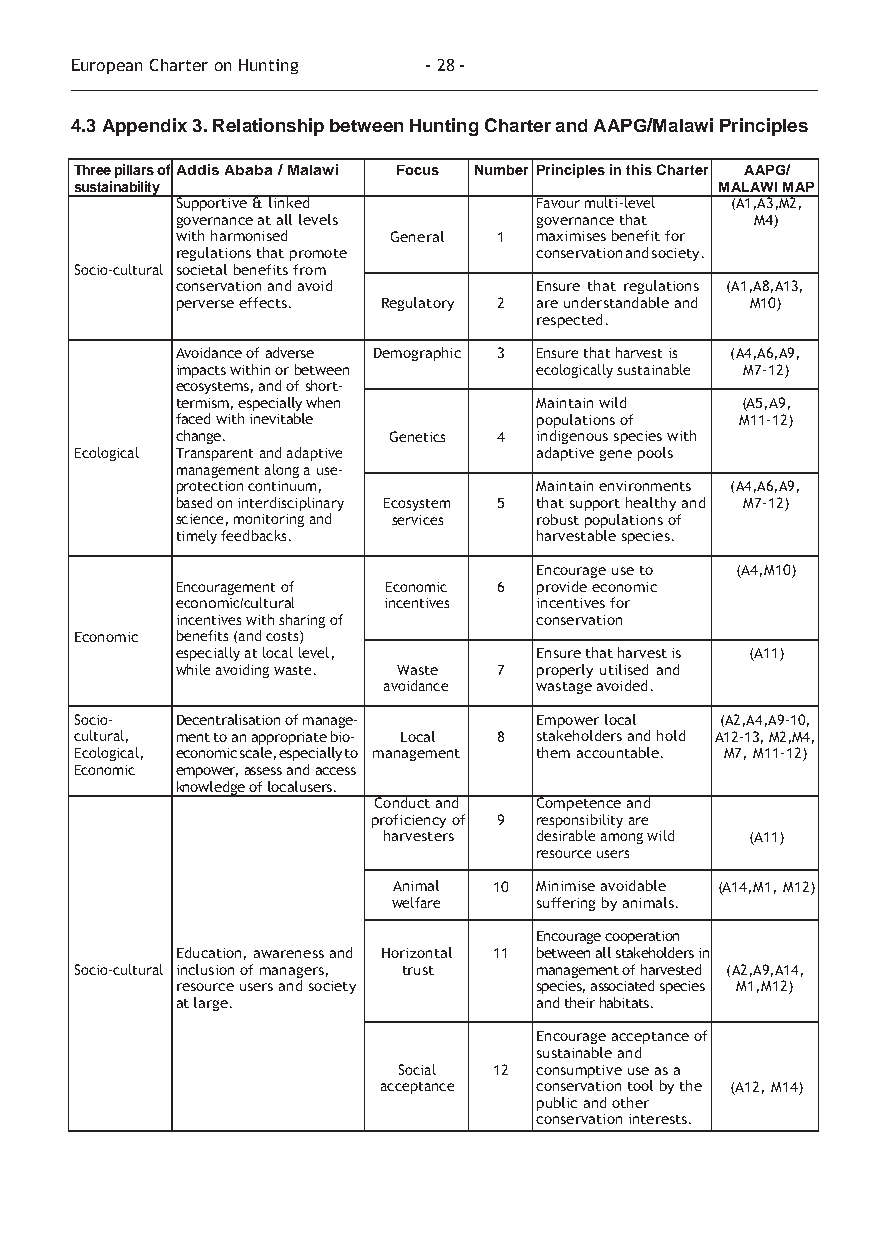
European Charter on Hunting - 28 -
 4.3 Appendix 3. Relationship between Hunting Charter and AAPG/Malawi Principles
 Three pillars of Addis Ababa / Malawi Focus Number Principles in this Charter AAPG/
 sustainability                             MALAWI MAP
 Supportive & linked    Favour multi-level (A1,A3,M2,
 governance at all levels governance that M4)
 with harmonised General 1 maximises benefit for
 regulations that promote conservation and society.
 Socio-cultural societal benefits from
 conservation and avoid Ensure that regulations (A1,A8,A13,
 perverse effects. Regulatory 2 are understandable and M10)
 respected.
 Avoidance of adverse Demographic 3 Ensure that harvest is (A4,A6,A9,
 impacts within or between ecologically sustainable M7-12)
 ecosystems, and of short-
 termism, especially when Maintain wild (A5,A9,
 faced with inevitable  populations of M11-12)
 change.       Genetics 4 indigenous species with
 Ecological Transparent and adaptive adaptive gene pools
 management along a use-
 protection continuum,  Maintain environments (A4,A6,A9,
 based on interdisciplinary Ecosystem 5 that support healthy and M7-12)
 science, monitoring and services robust populations of
 timely feedbacks.      harvestable species.
 Encourage use to (A4,M10)
 Encouragement of Economic 6 provide economic
 economic/cultural incentives incentives for
 incentives with sharing of conservation
 Economic benefits (and costs)
 especially at local level, Ensure that harvest is (A11)
 while avoiding waste. Waste 7 properly utilised and
 avoidance wastage avoided.
 Socio- Decentralisation of manage- Empower local (A2,A4,A9-10,
 cultural, ment to an appropriate bio- Local 8 stakeholders and hold A12-13, M2,M4,
 Ecological, economic scale, especially to management them accountable. M7, M11-12)
 Economic empower, assess and access
 knowledge of local users.
 Conduct and Competence and
 proficiency of 9 responsibility are
 harvesters desirable among wild (A11)
 resource users
 Animal 10 Minimise avoidable (A14,M1, M12)
 welfare  suffering by animals.
 Encourage cooperation
 Education, awareness and Horizontal 11 between all stakeholders in
 Socio-cultural inclusion of managers, trust management of harvested (A2,A9,A14,
 resource users and society species, associated species M1,M12)
 at large.              and their habitats.
 Encourage acceptance of
 sustainable and
 Social 12 consumptive use as a
 acceptance conservation tool by the (A12, M14)
 public and other
 conservation interests.